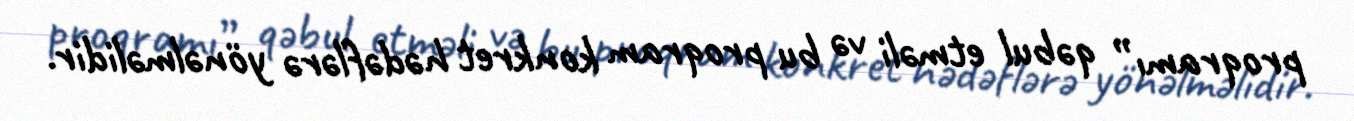
proqramı” qəbul etməli və bu proqram konkret hədəflərə yönəlməlidir.